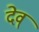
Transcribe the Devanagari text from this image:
देव्